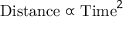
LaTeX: { \mathrm { D i s t a n c e } } \propto { { \mathrm { T i m e } } ^ { 2 } }